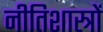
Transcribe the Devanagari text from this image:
नीतिशास्त्रों